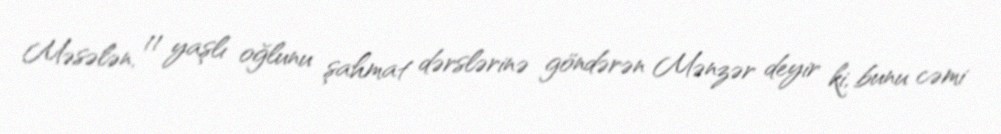
Məsələn, 11 yaşlı oğlunu şahmat dərslərinə göndərən Mənzər deyir ki, bunu cəmi